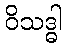
ဝိသဒ္ဓါ